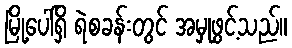
မြို့ပေါ်ရှိ ရဲစခန်းတွင် အမှုဖွင့်သည်။